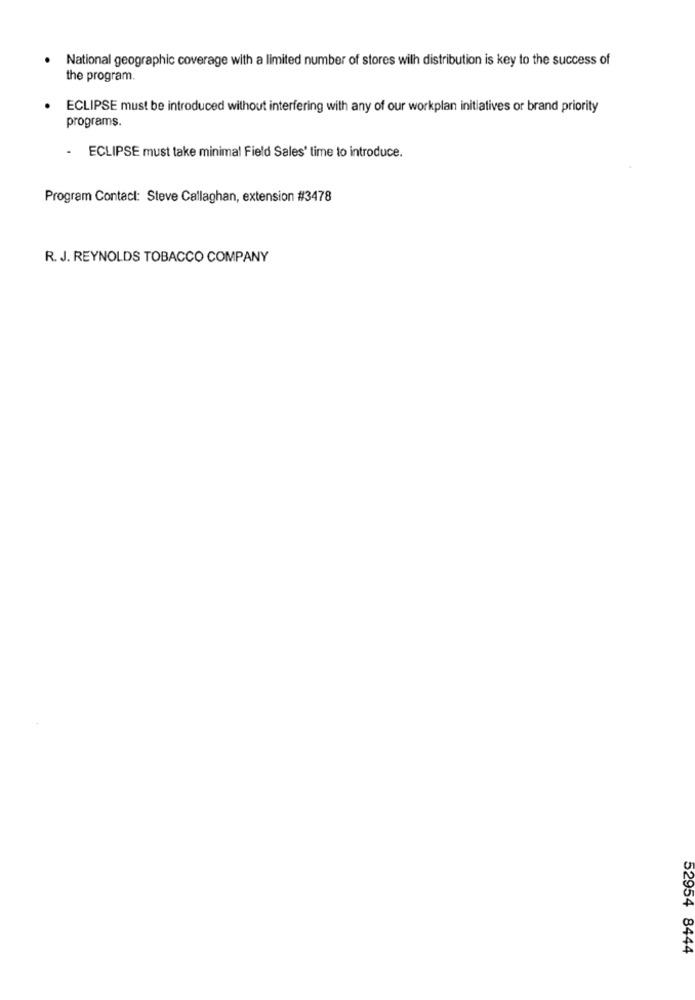
National geographic coverage with a limited number of stores wilh distribution is key to the success of
the program.
ECLIPSE must be introduced without interfering with any of our workplan initiatives or brand priority
programs.
.
ECLIPSE must take minimal Field Sales' time to introduce.
Program Contact: Steve Callaghan, extension #3478
R. J. REYNOLDS TOBACCO COMPANY
52954 8444